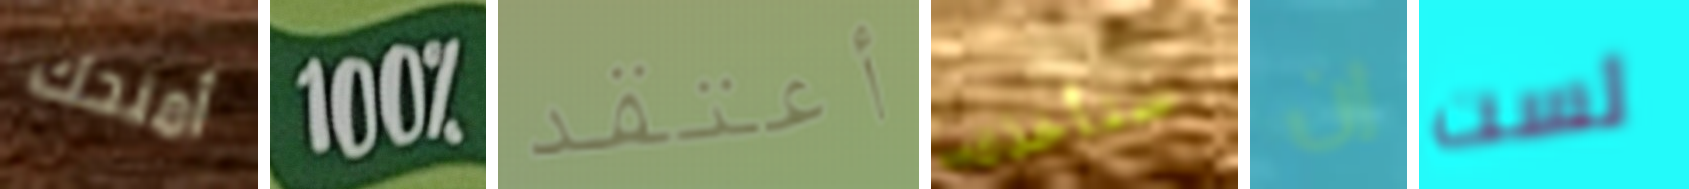
أمنحك 100% أعتقد سنأخذك إن لست